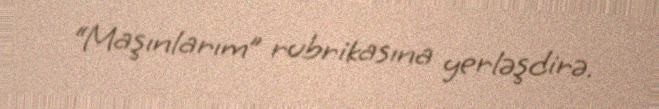
“Maşınlarım” rubrikasına yerləşdirə.